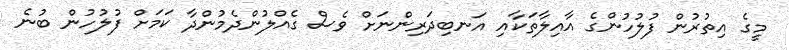
މީގެ އިތުރުން ފުލުހުންގެ އާއިލާތަކާއި އަނބިދަރިންނަށް ވެސް ގެއްލުންދެމުންދާ ކަމަށް ފުލުހުން ބުނެ